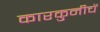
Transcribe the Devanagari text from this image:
कारकुनीचें